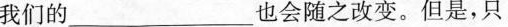
我们的___也会随之改变。但是，只